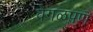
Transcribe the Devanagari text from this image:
वेगळपण